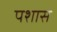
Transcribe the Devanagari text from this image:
पशास